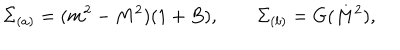
\Sigma _ { ( a ) } = ( m ^ { 2 } - M ^ { 2 } ) ( 1 + B ) , \qquad \Sigma _ { ( b ) } = G ( M ^ { 2 } ) ,